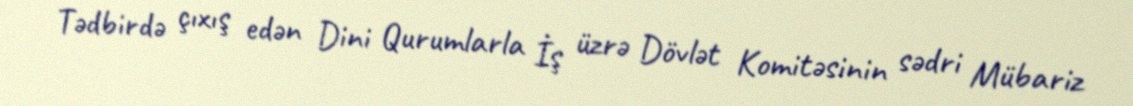
Tədbirdə çıxış edən Dini Qurumlarla İş üzrə Dövlət Komitəsinin sədri Mübariz